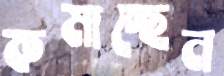
কমাচ্ছেন